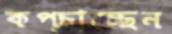
কপ্‌চাচ্ছেন